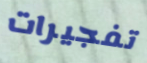
تفجيرات